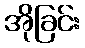
အိုခြင်း